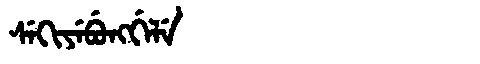
Manchu: ᠰᡝᡴᡳᠶᡝᠪᡠᠩᡤᡝᠯᡝ
Romanization: SEKIYEBUNGGELE